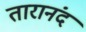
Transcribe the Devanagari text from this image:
तारानंद